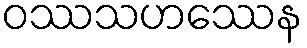
ဝဿသဟဿေန